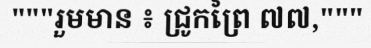
"""រួមមាន ៖ ជ្រូកព្រៃ ៧៧,"""